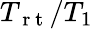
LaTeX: T_{\mathrm{~r~t~}}/T_{1}